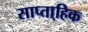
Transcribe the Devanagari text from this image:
साप्ता्हिक